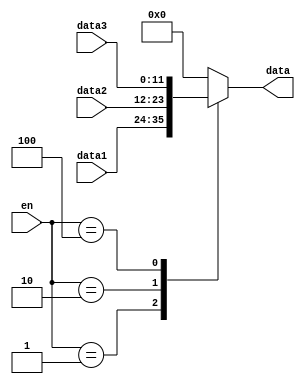
module AND(
    input [2:0] en,
    input [11:0]data1,data2,data3,
    output reg[11:0] data
    );
    reg [2:0]sel=3'b000;
    always@(en)
        sel <= en;
    always@(data1,data2,data3,sel)
        case(sel) 
            3'b001 : data <= data1;
            3'b010 : data <= data2;
            3'b100 : data <= data3;
            default : data <= 0;
        endcase
endmodule